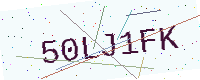
Text: 50LJ1FK